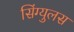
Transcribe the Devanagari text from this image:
सिंग्युलस